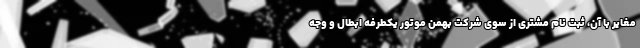
مغایر با آن، ثبت نام مشتری از سوی شرکت بهمن موتور یکطرفه ابطال و وجه